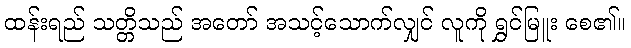
ထန်းရည် သတ္တိသည် အတော် အသင့်သောက်လျှင် လူကို ရွှင်မြူး စေ၏။